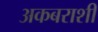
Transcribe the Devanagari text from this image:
अकबराशी